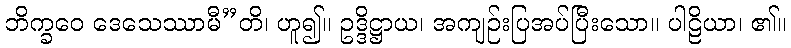
ဘိက္ခဝေ ဒေသေဿာမီ”တိ၊ ဟူ၍။ ဥဒ္ဒိဋ္ဌာယ၊ အကျဉ်းပြအပ်ပြီးသော။ ပါဠိယာ၊ ၏။